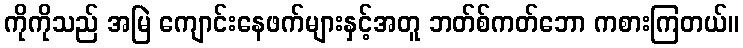
ကိုကိုသည် အမြဲ ကျောင်းနေဖက်များနှင့်အတူ ဘတ်စ်ကတ်ဘော ကစားကြတယ်။